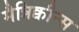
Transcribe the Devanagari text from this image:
मैन्निक्वीन्स